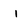
Character: I